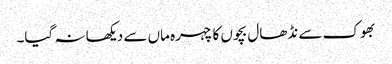
بھوک سے نڈھال بچوں کا چہرہ ماں سے دیکھا نہ گیا۔